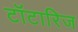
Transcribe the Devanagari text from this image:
टॉटारिज